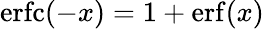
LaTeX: \mathrm{erfc}(-x)=1+\mathrm{erf}(x)